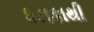
ધડાકાથી